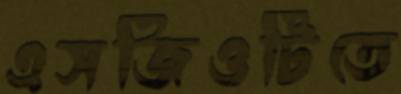
এসজিওটিতে